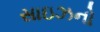
સાઇઝનો